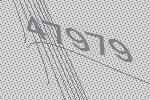
47979